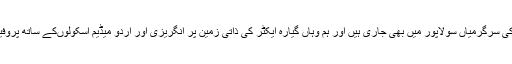
آپ نے کہا کہ انجمن اسلام ممبئی کی سرگرمیاں سولاپور میں بھی جاری ہیں اور ہم وہاں گیارہ ایکٹر کی ذاتی زمین پر انگریزی اور اردو میڈیم اسکولوںکے ساتھ پروفیشنل تعلیم کا بھی نظم رکھیں گے ۔